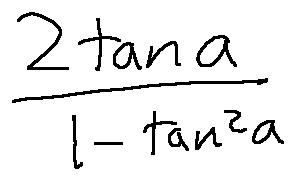
\frac { 2 \tan \alpha } { 1 - \tan ^ { 2 } \alpha }